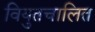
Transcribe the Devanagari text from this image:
वियुतचालित